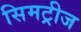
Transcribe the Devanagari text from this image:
सिमट्रीज